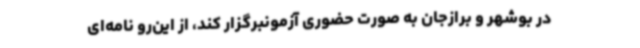
در بوشهر و برازجان به صورت حضوری آزمونبرگزار کند، از این‌رو نامه‌ای